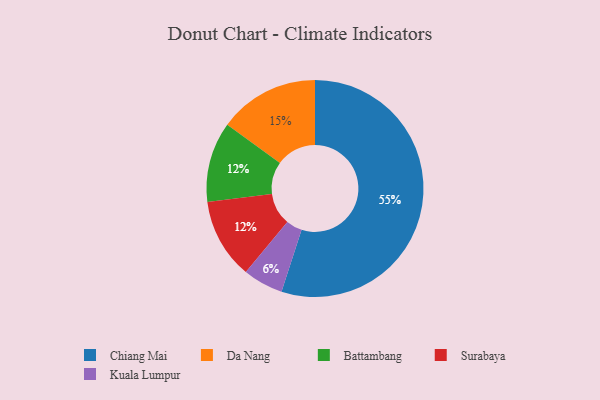
{"axis": {"x": "Category", "y": "Percentage"}, "legend": ["Battambang", "Chiang Mai", "Da Nang", "Kuala Lumpur", "Surabaya"], "data": [{"x": "Da Nang", "y": 15, "type": "Da Nang"}, {"x": "Chiang Mai", "y": 55, "type": "Chiang Mai"}, {"x": "Battambang", "y": 12, "type": "Battambang"}, {"x": "Kuala Lumpur", "y": 6, "type": "Kuala Lumpur"}, {"x": "Surabaya", "y": 12, "type": "Surabaya"}]}